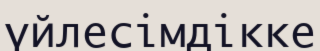
үйлесімдікке